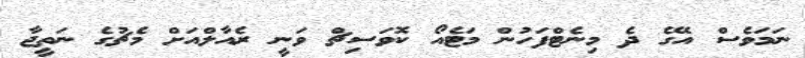
ނަމަވެސް އޭގެ ދެ މިނެޓްފަހުން މަޓެއޯ ކޮވަސިޗް ވަނީ ރެއާލްއަށް މެޗުގެ ނަތީޖާ